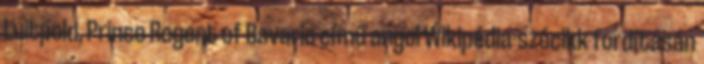
Luitpold, Prince Regent of Bavaria című angol Wikipédia-szócikk fordításán